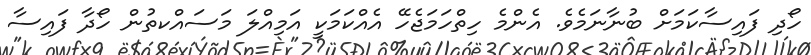
ހޯދި ފައިސާކަމަށް ބުނާނަމެވެ. އެންމެ ހިތްހަމަޖެހޭ އެއްކަމަކީ އަމިއްލަ މަސައްކތުން ހޯދާ ފައިސާ